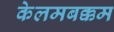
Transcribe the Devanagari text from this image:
केलमबक्कम